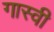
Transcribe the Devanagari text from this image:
गास्वी